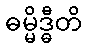
ဓမ္မိဒ္ဓီတိ